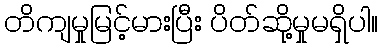
တိကျမှုမြင့်မားပြီး ပိတ်ဆို့မှုမရှိပါ။